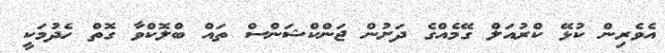
އެވެރިން ކުޅޭ ކްރުއަލް ގޭމެއްގެ ދަށުން ޖަންކްޝަންސް ތައް ބްލޮކްވާ ގޮތް ހެދުމަކީ